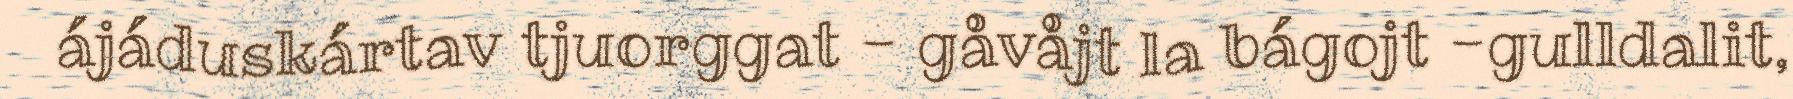
ájáduskártav tjuorggat - gåvåjt la bágojt -gulldalit,